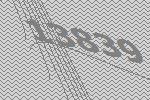
13839